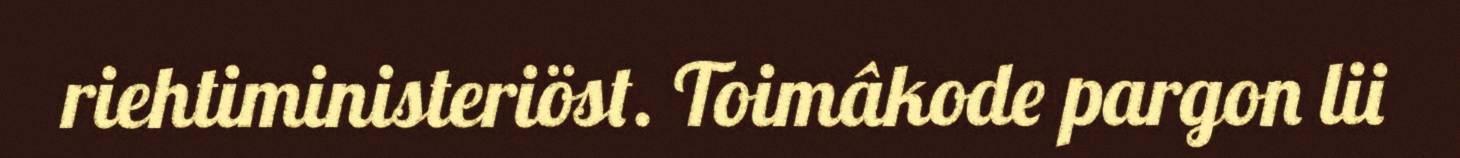
riehtiministeriöst. Toimâkode pargon lii